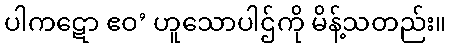
ပါကဋော ဧဝ’ ဟူသောပါဌ်ကို မိန့်သတည်း။